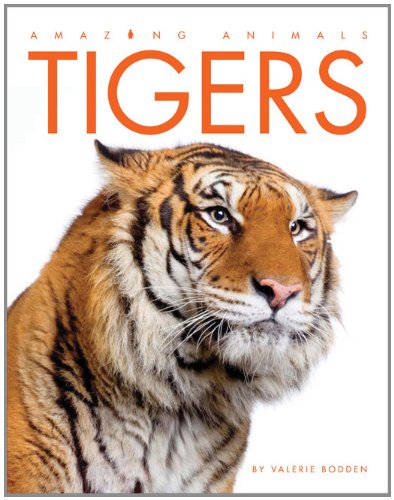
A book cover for Amazing Animals: Tigers; Valerie Bodden; Children's Books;